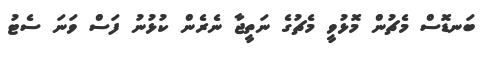
ބަނޑޮސް މެޗުން މޮޅުވީ މެޗުގެ ނަތީޖާ ނެރެން ކުޅުނު ފަސް ވަނަ ސެޓު